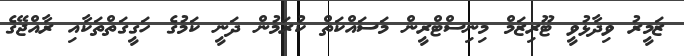
ޒަމީރު ވިދާޅުވީ ޓޫރިޒަމް މިނިސްޓްރީން މަސައްކަތް ކުރަމުން ދަނީ ކަމުގެ ހަގީގަތްތަކާއި ރާއްޖޭގެ